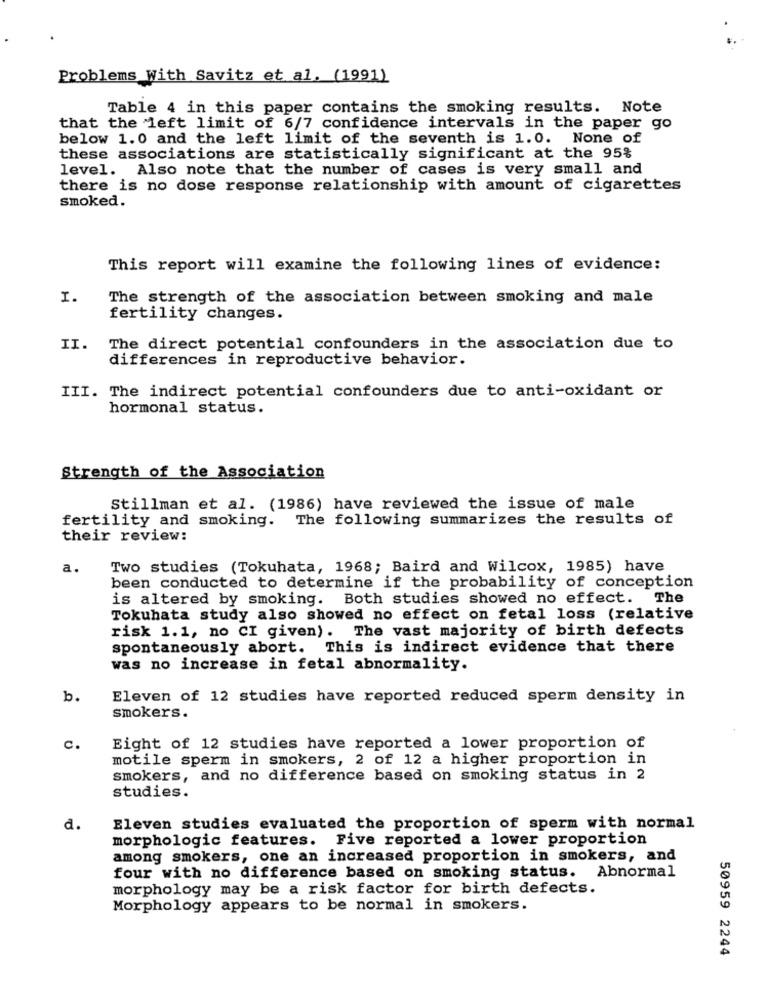
Problems With Savitz et al. (1991)
Table 4 in this paper contains the smoking results. Note
that the left limit of 6/7 confidence intervals in the paper go
below 1.0 and the left limit of the seventh is 1.0. None of
these associations are statistically significant at the 95%
level. Also note that the number of cases is very small and
there is no dose response relationship with amount of cigarettes
smoked.
This report will examine the following lines of evidence:
I.
The strength of the association between smoking and male
fertility changes.
II.
The direct potential confounders in the association due to
differences in reproductive behavior.
III. The indirect potential confounders due to anti-oxidant or
hormonal status.
Strength of the Association
Stillman et al. (1986) have reviewed the issue of male
fertility and smoking. The following summarizes the results of
their review:
a.
Two studies (Tokuhata, 1968; Baird and Wilcox, 1985) have
been conducted to determine if the probability of conception
is altered by smoking. Both studies showed no effect. The
Tokuhata study also showed no effect on fetal loss (relative
risk 1.1, no CI given). The vast majority of birth defects
spontaneously abort.
This is indirect evidence that there
was no increase in fetal abnormality.
b.
Eleven of 12 studies have reported reduced sperm density in
smokers.
c.
Eight of 12 studies have reported a lower proportion of
motile sperm in smokers, 2 of 12 a higher proportion in
smokers, and no difference based on smoking status in 2
studies.
d.
Eleven studies evaluated the proportion of sperm with normal
morphologic features. Five reported a lower proportion
among smokers, one an increased proportion in smokers, and
four with no difference based on smoking status. Abnormal
morphology may be a risk factor for birth defects.
Morphology appears to be normal in smokers.
50959 2244